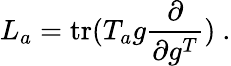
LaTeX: L_{a}=\mathrm{tr}(T_{a}g\frac{\partial}{\partial g^{T}})~.